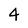
Character: 4